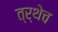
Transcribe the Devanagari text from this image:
त्र्थेच